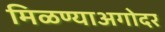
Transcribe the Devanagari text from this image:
मिळण्याअगोदर